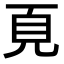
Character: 𩑋